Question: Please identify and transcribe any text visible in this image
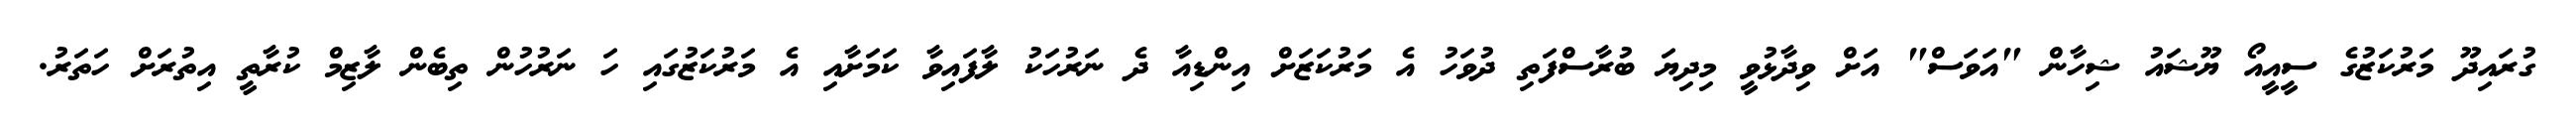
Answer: ގުރައިދޫ މަރުކަޒުގެ ސީއީއޯ ޔޫޝައު ޝިހާން "އަވަސް" އަށް ވިދާޅުވީ މިދިޔަ ބުރާސްފަތި ދުވަހު އެ މަރުކަޒަށް އިންޑިއާ ދެ ނަރުހަކު ލާފައިވާ ކަމަށާއި އެ މަރުކަޒުގައި ހަ ނަރުހުން ތިބެން ލާޒިމް ކުރާތީ އިތުރަށް ހަތަރު.